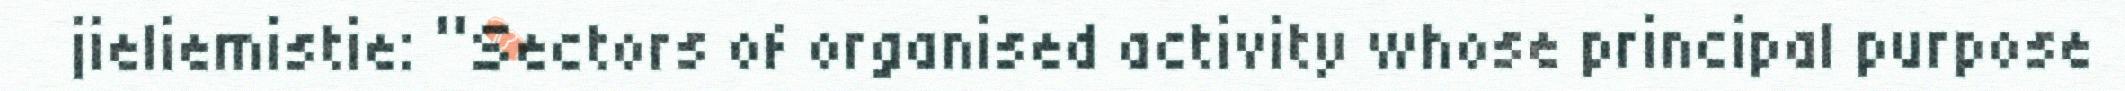
jieliemistie: “Sectors of organised activity whose principal purpose